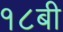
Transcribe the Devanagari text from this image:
१८बी